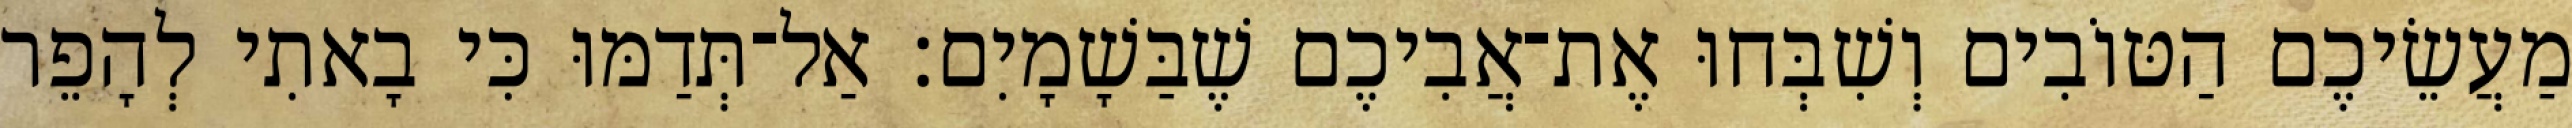
מַעֲשֵׂיכֶם הַטּוֹבִים וְשִׁבְּחוּ אֶת־אֲבִיכֶם שֶׁבַּשָׁמָיִם׃ אַל־תְּדַמּוּ כִּי בָאתִי לְהָפֵר